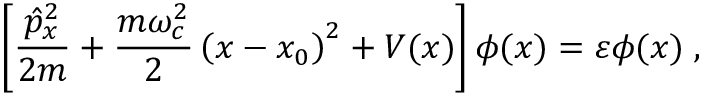
\left[ \frac { \hat { p } _ { x } ^ { 2 } } { 2 m } + \frac { m \omega _ { c } ^ { 2 } } { 2 } \left( x - x _ { 0 } \right) ^ { 2 } + V ( x ) \right] \phi ( x ) = \varepsilon \phi ( x ) \; ,